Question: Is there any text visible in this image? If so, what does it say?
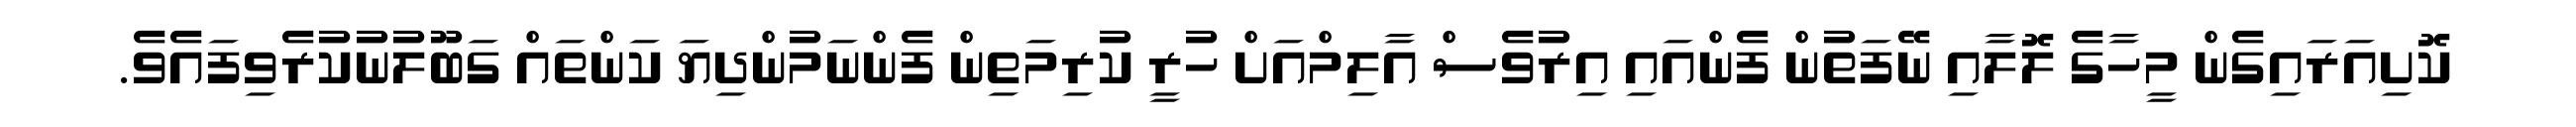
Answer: ކޮށިއަރައިގެން މީހާގެ ލޮލާއި ނޭފަތުން ފެންއައި އިރުވެސް އާލިމްއަށް ހުރީ ކުރިމަތިން ފެންނަމުންދިޔަ ކަންތައް ގަބޫލުނުކުރެވިފައެވެ.